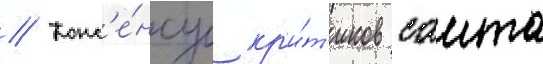
// Конс'е́нсус кр'и́т'иков саита